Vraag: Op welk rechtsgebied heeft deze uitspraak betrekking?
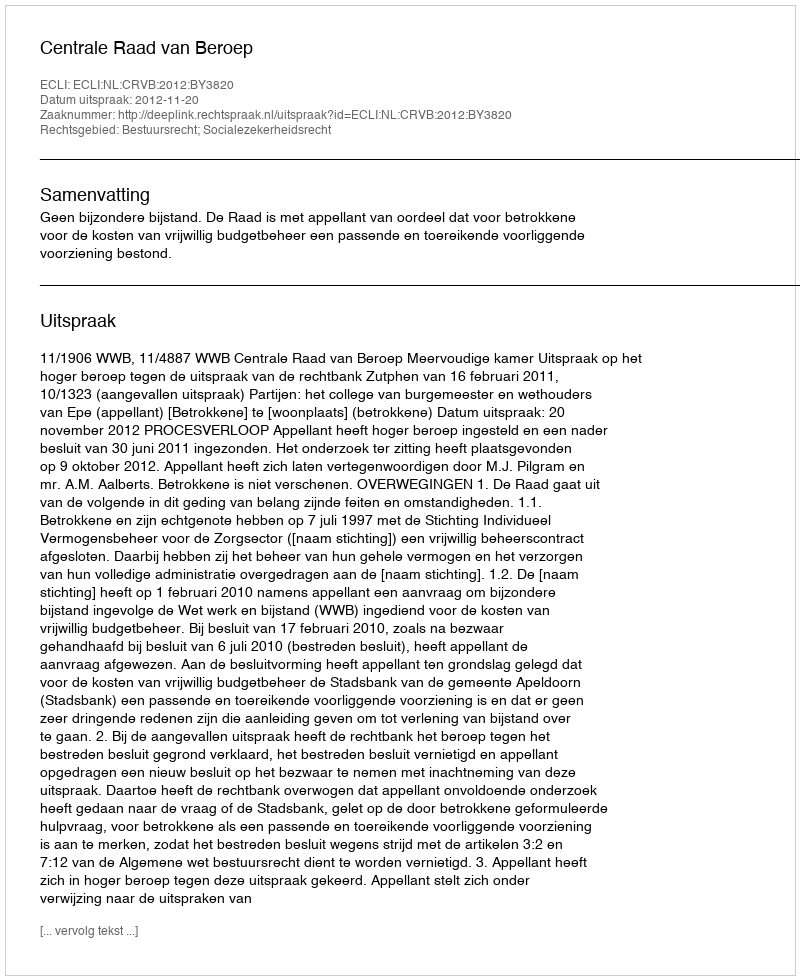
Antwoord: Bestuursrecht; Socialezekerheidsrecht